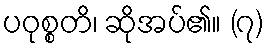
ပဝုစ္စတိ၊ ဆိုအပ်၏။ (၇)